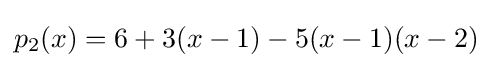
p_{2}(x)=6+3(x-1)-5(x-1)(x-2)